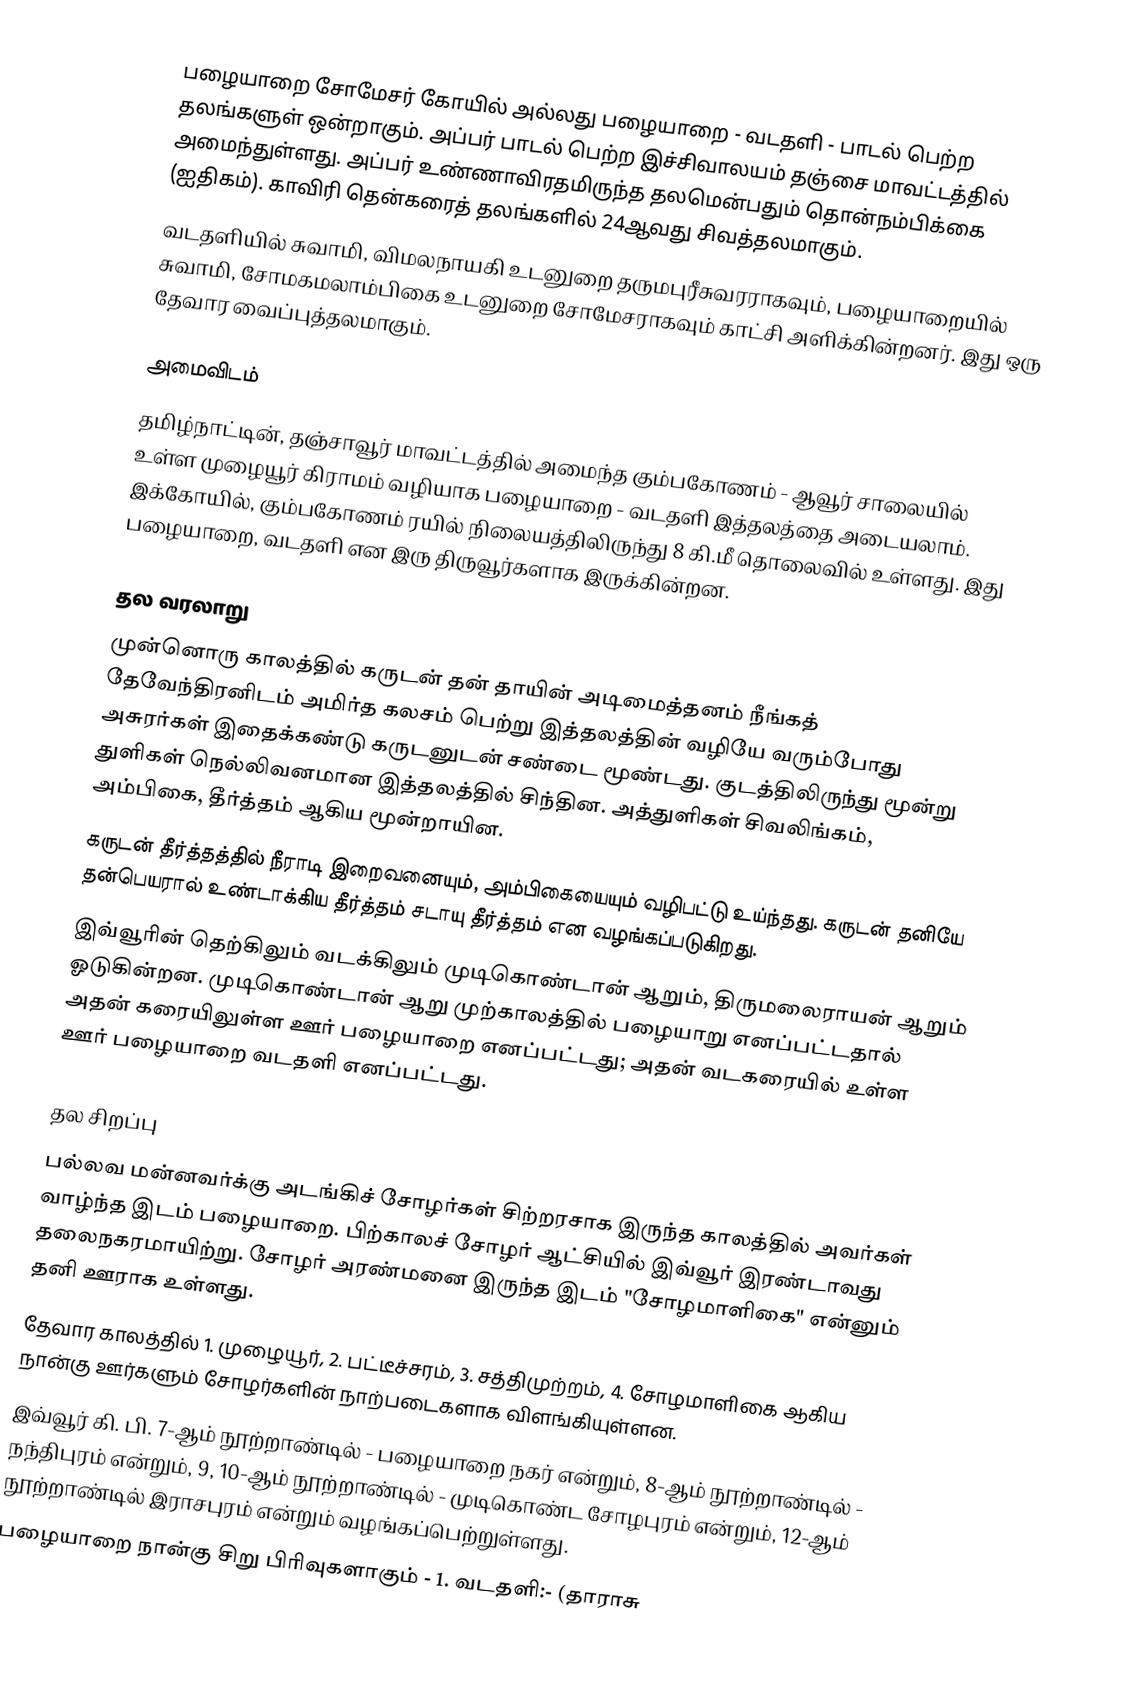
பழையாறை சோமேசர் கோயில் அல்லது பழையாறை - வடதளி - பாடல் பெற்ற தலங்களுள் ஒன்றாகும். அப்பர் பாடல் பெற்ற இச்சிவாலயம் தஞ்சை மாவட்டத்தில் அமைந்துள்ளது. அப்பர் உண்ணாவிரதமிருந்த தலமென்பதும் தொன்நம்பிக்கை (ஐதிகம்). காவிரி தென்கரைத் தலங்களில் 24ஆவது சிவத்தலமாகும்.
வடதளியில் சுவாமி, விமலநாயகி உடனுறை  தருமபுரீசுவரராகவும், பழையாறையில் சுவாமி, சோமகமலாம்பிகை உடனுறை சோமேசராகவும் காட்சி அளிக்கின்றனர்.  இது ஒரு தேவார வைப்புத்தலமாகும்.

அமைவிடம்
தமிழ்நாட்டின்,  தஞ்சாவூர் மாவட்டத்தில் அமைந்த கும்பகோணம் - ஆவூர் சாலையில் உள்ள  முழையூர்  கிராமம் வழியாக பழையாறை - வடதளி  இத்தலத்தை அடையலாம். இக்கோயில், கும்பகோணம் ரயில் நிலையத்திலிருந்து 8 கி.மீ தொலைவில் உள்ளது. இது பழையாறை, வடதளி என இரு திருவூர்களாக இருக்கின்றன.

தல வரலாறு
முன்னொரு காலத்தில் கருடன் தன் தாயின் அடிமைத்தனம் நீங்கத் தேவேந்திரனிடம் அமிர்த கலசம் பெற்று இத்தலத்தின் வழியே வரும்போது அசுரர்கள் இதைக்கண்டு கருடனுடன் சண்டை மூண்டது. குடத்திலிருந்து மூன்று துளிகள் நெல்லிவனமான இத்தலத்தில் சிந்தின. அத்துளிகள் சிவலிங்கம், அம்பிகை, தீர்த்தம் ஆகிய மூன்றாயின.
கருடன் தீர்த்தத்தில் நீராடி இறைவனையும், அம்பிகையையும் வழிபட்டு உய்ந்தது. கருடன் தனியே தன்பெயரால் உண்டாக்கிய தீர்த்தம் சடாயு தீர்த்தம் என வழங்கப்படுகிறது.
இவ்வூரின் தெற்கிலும் வடக்கிலும் முடிகொண்டான் ஆறும், திருமலைராயன் ஆறும் ஓடுகின்றன. முடிகொண்டான் ஆறு முற்காலத்தில் பழையாறு எனப்பட்டதால் அதன் கரையிலுள்ள ஊர் பழையாறை எனப்பட்டது; அதன் வடகரையில் உள்ள ஊர் பழையாறை வடதளி எனப்பட்டது.

தல சிறப்பு
பல்லவ மன்னவர்க்கு அடங்கிச் சோழர்கள் சிற்றரசாக இருந்த காலத்தில் அவர்கள் வாழ்ந்த இடம் பழையாறை. பிற்காலச் சோழர் ஆட்சியில் இவ்வூர் இரண்டாவது தலைநகரமாயிற்று. சோழர் அரண்மனை இருந்த இடம் "சோழமாளிகை" என்னும் தனி ஊராக உள்ளது.
தேவார காலத்தில் 1. முழையூர், 2. பட்டீச்சரம், 3. சத்திமுற்றம், 4. சோழமாளிகை ஆகிய நான்கு ஊர்களும் சோழர்களின் நாற்படைகளாக விளங்கியுள்ளன.
இவ்வூர் கி. பி. 7-ஆம் நூற்றாண்டில் - பழையாறை நகர் என்றும், 8-ஆம் நூற்றாண்டில் - நந்திபுரம் என்றும், 9, 10-ஆம் நூற்றாண்டில் - முடிகொண்ட சோழபுரம் என்றும், 12-ஆம் நூற்றாண்டில் இராசபுரம் என்றும் வழங்கப்பெற்றுள்ளது.
பழையாறை நான்கு சிறு பிரிவுகளாகும் - 1. வடதளி:- (தாராசு